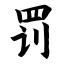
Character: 罚